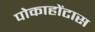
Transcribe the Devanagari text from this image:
पोकाहोंटास